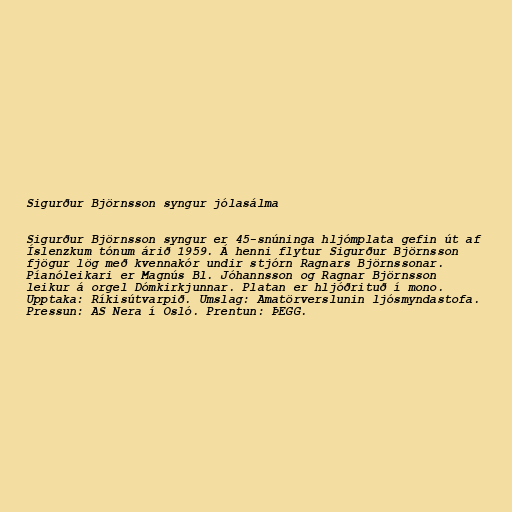
Sigurður Björnsson syngur jólasálma

Sigurður Björnsson syngur er 45-snúninga hljómplata gefin út af
Íslenzkum tónum árið 1959. Á henni flytur Sigurður Björnsson
fjögur lög með kvennakór undir stjórn Ragnars Björnssonar.
Píanóleikari er Magnús Bl. Jóhannsson og Ragnar Björnsson
leikur á orgel Dómkirkjunnar. Platan er hljóðrituð í mono.
Upptaka: Ríkisútvarpið. Umslag: Amatörverslunin ljósmyndastofa.
Pressun: AS Nera í Osló. Prentun: ÞEGG.